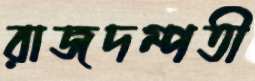
রাজদম্পতী